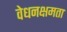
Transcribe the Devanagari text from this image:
वेधनक्षमता